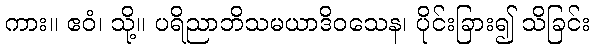
ကား။ ဧဝံ၊ သို့။ ပရိညာဘိသမယာဒိဝသေန၊ ပိုင်းခြား၍ သိခြင်း